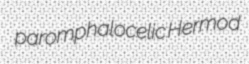
paromphalocelic Hermod